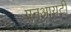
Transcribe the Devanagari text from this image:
एनआयटी